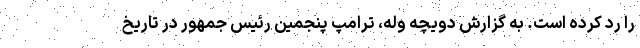
را رد کرده است. به گزارش دویچه وله، ترامپ پنجمین رئیس جمهور در تاریخ